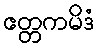
ဧတ္တကမိဒံ